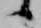
候